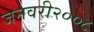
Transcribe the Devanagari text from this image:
जनवरी२००८